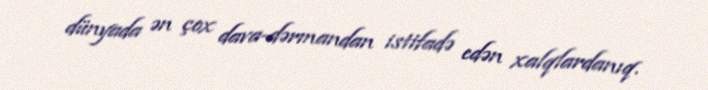
dünyada ən çox dava-dərmandan istifadə edən xalqlardanıq.